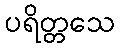
ပရိတ္တသေ